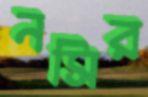
নসির